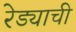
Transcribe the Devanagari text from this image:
रेड्याची